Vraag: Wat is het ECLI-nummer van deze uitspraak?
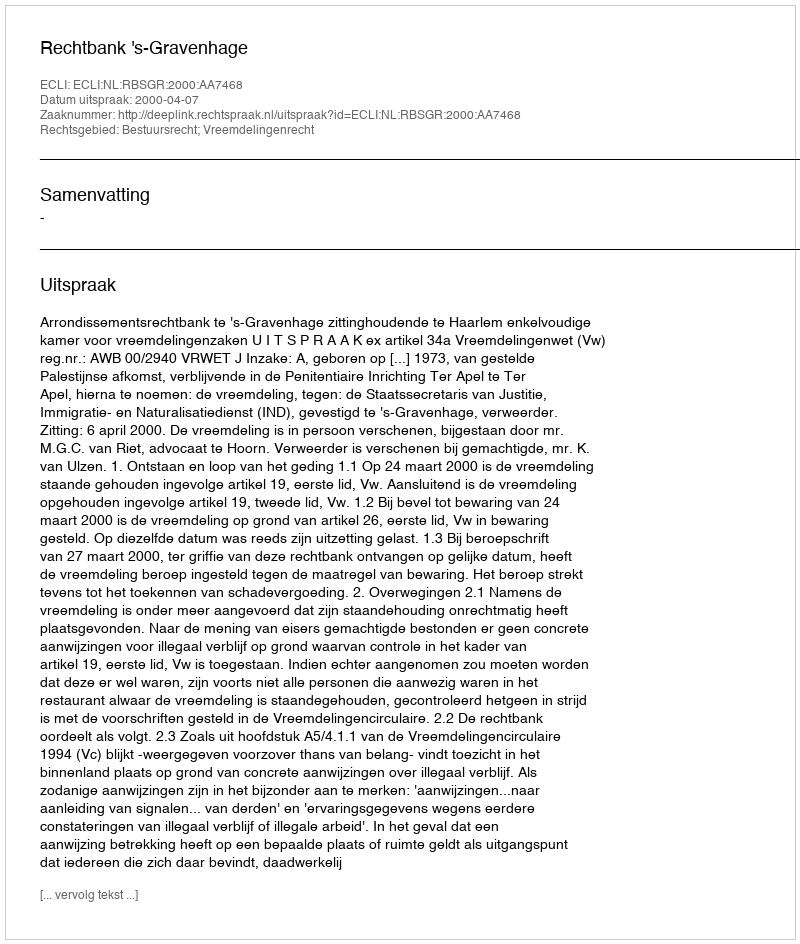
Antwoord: ECLI:NL:RBSGR:2000:AA7468